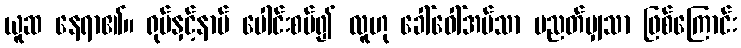
ယူဆ နေရာ၏။ ရုပ်နှင့်နာမ် ပေါင်းစပ်၍ လူဟု ခေါ်ဝေါ်အပ်သာ ပညတ်မျှသာ ဖြစ်ကြောင်း